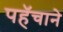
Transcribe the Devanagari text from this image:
पहॅचाने